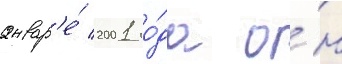
январ'е́ 2001 го́да о́н